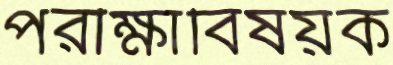
পরীক্ষাবিষয়ক